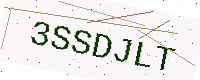
Text: 3SSDJLT